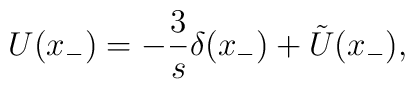
U(x_{-}) = -\frac{3}{s} \delta(x_{-}) + \tilde{U}(x_{-}),